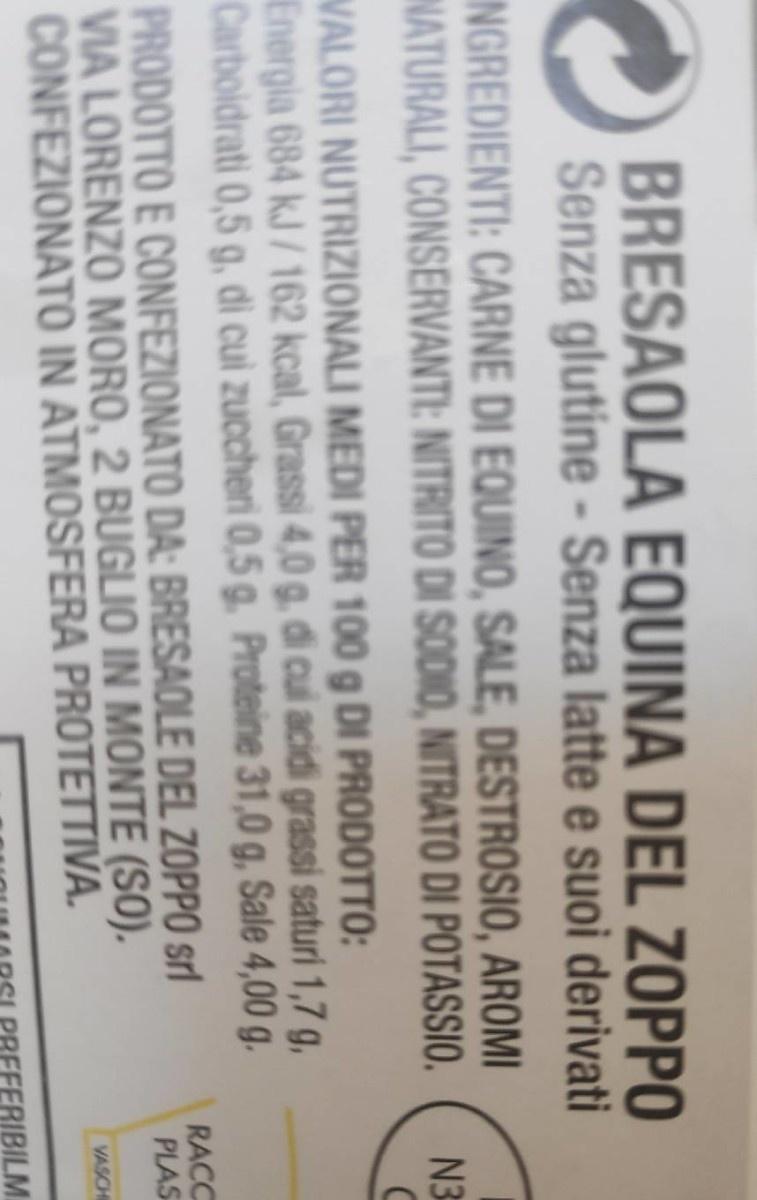
BRESAOLA EQUINA DEL ZOPPO Senza glutine - Senza latte e suoi derivati
INGREDIENTI: CARNE DI EQUINO, SALE, DESTROSIO, AROMI NATURALI, CONSERVANTI: NITRITO DI SODIO, NITRATO DI POTASSIO.
N3
WALORI NUTRIZIONALI MEDI PER 100 g DI PRODOTTO: Energia 684 kJ/162 kcal, Grassi 4,0 g, di cui acidi grassi saturi 1,7 g, Carboidrati 0,5 g, di cui zuccheri 0,5 g. Proteine 31,0 g, Sale 4,00 g.
RACC PLAS
PRODOTTO E CONFEZIONATO DA: BRESAOLE DEL ZOPPO srl VIA LORENZO MORO, 2 BUGLIO IN MONTE (SO). CONFEZIONATO IN ATMOSFERA PROTETTIVA.
VASCH
ERIBILM